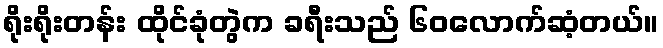
ရိုးရိုးတန်း ထိုင်ခုံတွဲက ခရီးသည် ၆၀လောက်ဆံ့တယ်။